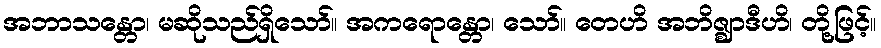
အဘာသန္တော၊ မဆိုသည်ရှိသော်။ အကရောန္တော၊ သော်။ တေဟိ အဘိဇ္ဈာဒီဟိ၊ တို့ဖြင့်။